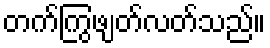
တက်ကြွဖျတ်လတ်သည်။